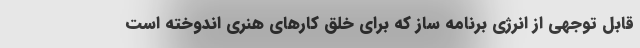
قابل توجهی از انرژی برنامه ساز که برای خلق کارهای هنری اندوخته است